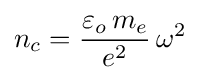
n_{c}={\frac {\varepsilon _{o}\,m_{e}}{e^{2}}}\,\omega ^{2}